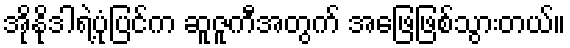
အိုနိုဒါရဲ့ပုံပြင်က ဆူဇူကီအတွက် အဖြေဖြစ်သွားတယ်။